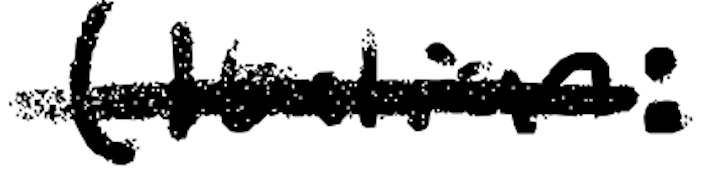
Text: (Italian:
Cross-out: single-line
Writing tool: digital_black